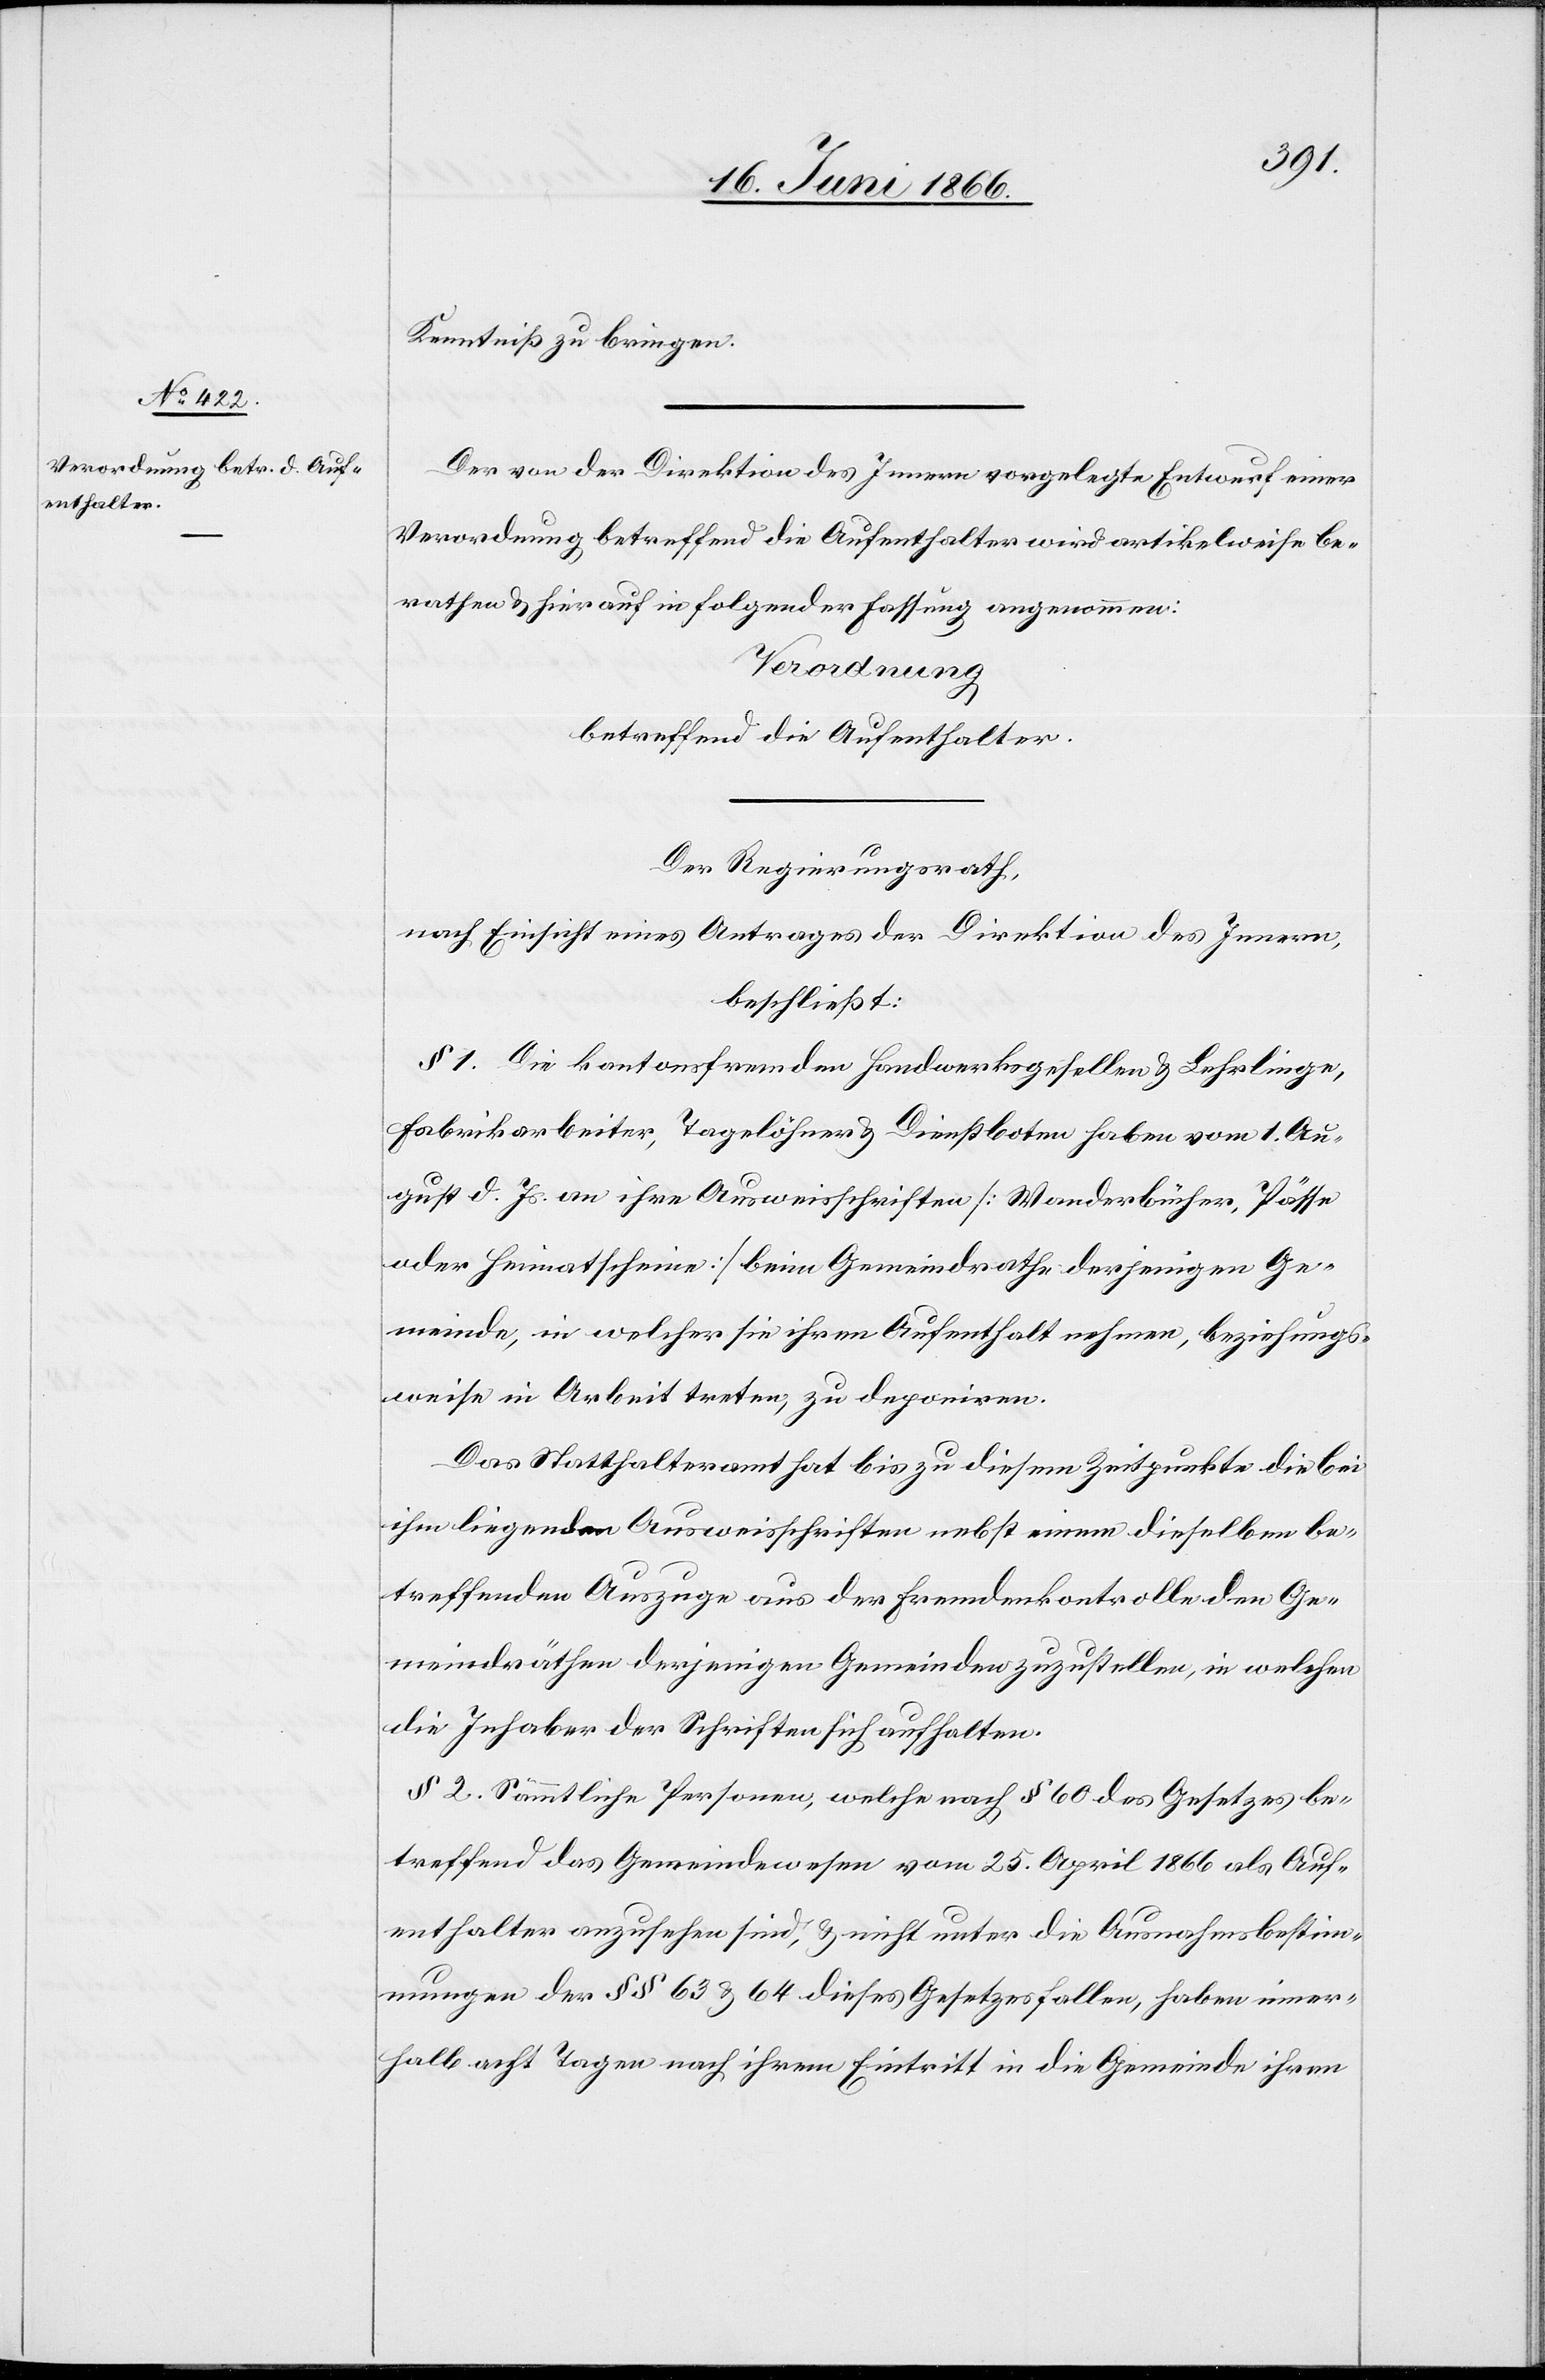
Kenntniß zu bringen.
Der von der Direktion des Innern vorgelegte Entwurf einer
Verordnung betreffend die Aufenthalter wird artikelweise be¬
rathen u. hierauf in folgender Fassung angenommen:
Verordnung
betreffend die Aufenthalter.
Der Regierungsrath,
nach Einsicht eines Antrages der Direktion des Innern,
beschließt:
§ 1. Die kantonsfremden Handwerksgesellen u. Lehrlinge,
Fabrikarbeiter, Tagelöhner u. Dienstboten haben vom 1. Au¬
gust d. Js. an ihre Ausweisschriften [Wanderbücher, Pässe
oder Heimatschein] beim Gemeindrathe derjenigen Ge¬
meinde, in welcher sie ihren Aufenthalt nehmen, beziehungs¬
weise in Arbeit treten, zu deponiren.
Das Statthalteramt hat bis zu diesem Zeitpunkte die bei
ihm liegenden Ausweisschriften nebst einem dieselben be¬
treffenden Auszuge aus der Fremdenkontrolle den Ge¬
meindräthen derjenigen Gemeinden zuzustellen, in welchen
die Inhaber der Schriften sich aufhalten.
§ 2. Sämmtliche Personen, welche nach § 60 des Gesetzes be¬
treffend das Gemeindewesen vom 25. April 1866 als Auf¬
enthalter anzusehen sind, u. nicht unter die Ausnahmsbestimm¬
ungen der § § 63 u. 64 dieses Gesetzes fallen, haben inner¬
halb acht Tagen nach ihrem Eintritt in die Gemeinde ihren